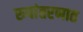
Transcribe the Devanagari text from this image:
रुपांतरणात